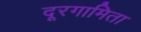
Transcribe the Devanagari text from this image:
दूरगामिता